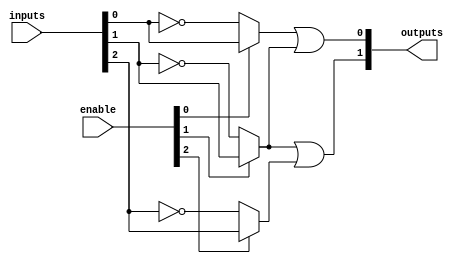
module SPAL #(
    // Parameters for defining the size of the SPAL
    parameter N_INPUTS = 4,         // Number of inputs
    parameter N_AND_TERMS = 4,      // Number of programmable AND gates
    parameter N_OR_TERMS = 2         // Number of fixed OR gates
)(
    input wire [N_INPUTS-1:0] inputs,   // SPI inputs
    input wire [N_AND_TERMS-1:0] enable, // Enable/Disable for each AND gate
    output wire [N_OR_TERMS-1:0] outputs // Final outputs
);

// Internal signals
wire [N_AND_TERMS-1:0] product_terms; // Outputs of the AND gates

// Programmable AND array
genvar i, j;

generate
    for (i = 0; i < N_AND_TERMS; i = i + 1) begin: and_gate
        wire and_input;
        // Example of a programmable input: can be modified to use external configuration
        assign and_input = (enable[i]) ? 
                (inputs[i % N_INPUTS]) :  // Direct input
                ~inputs[i % N_INPUTS];    // Inverted input (for simplicity, you can modify indexing
                                            // logic for different AND gate configurations)

        assign product_terms[i] = and_input; // You can add more combinations here
    end
endgenerate

// Fixed OR array
generate
    for (j = 0; j < N_OR_TERMS; j = j + 1) begin: or_gate
        assign outputs[j] = product_terms[j] | product_terms[(j + 1) % N_AND_TERMS]; // Combining different product terms
    end
endgenerate

endmodule